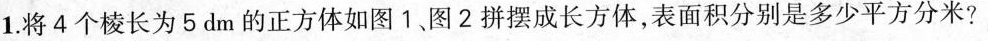
1.将4个棱长为5dm的正方体如图1、图2拼摆成长方体，表面积分别是多少平方分米?